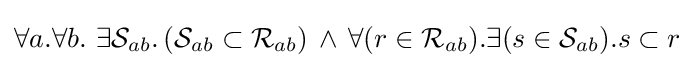
\forall a.\forall b.\ \exists {\mathcal {S}}_{ab}.\,({\mathcal {S}}_{ab}\subset {\mathcal {R}}_{ab})\,\land \,\forall (r\in {\mathcal {R}}_{ab}).\exists (s\in {\mathcal {S}}_{ab}).s\subset r